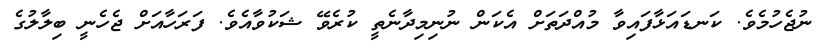
ނުޖެހުމެވެ. ކަނޑައަޅާފައިވާ މުއްދަތަށް އެކަން ނުނިމިދާނެތީ ކުރެވޭ ޝަކުވާއެވެ. ފަރަހާއަށް ޖެހެނީ ބިލާލުގެ